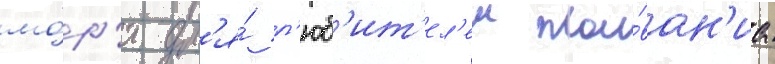
мо́р'я дл'я́ л'юб'ит'ел'еи пла́ван'иа